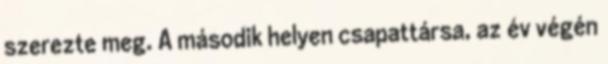
szerezte meg. A második helyen csapattársa, az év végén